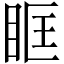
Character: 眶